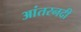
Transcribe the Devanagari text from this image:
आंतरनदी